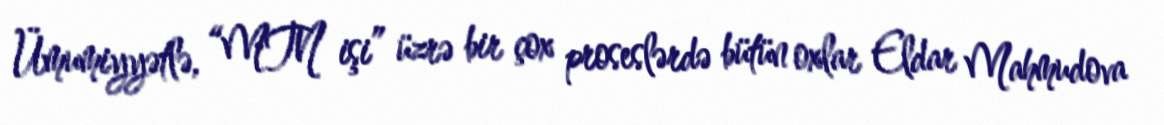
Ümumiyyətlə, “MTN işi” üzrə bir çox proseslərdə bütün oxlar Eldar Mahmudova